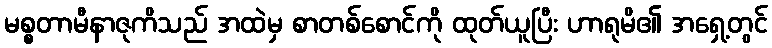
မစ္စတာမီနာဇုကိသည် အထဲမှ စာတစ်စောင်ကို ထုတ်ယူပြီး ဟာရုမိ၏ အရှေ့တွင်